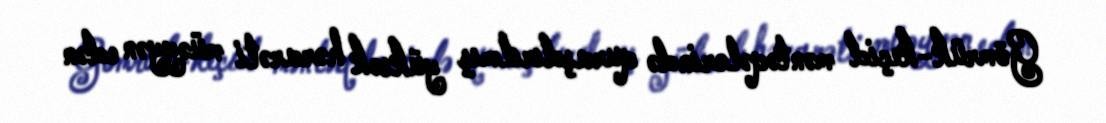
Gömrük-keçid məntəqələrində quraşdırılmış yüksək hərarəti müəyyən edən